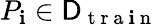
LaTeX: P_{\mathbf{i}}\in\mathsf{{D}}_{\mathrm{{~t~r~a~\mathbf{i}~n~}}}